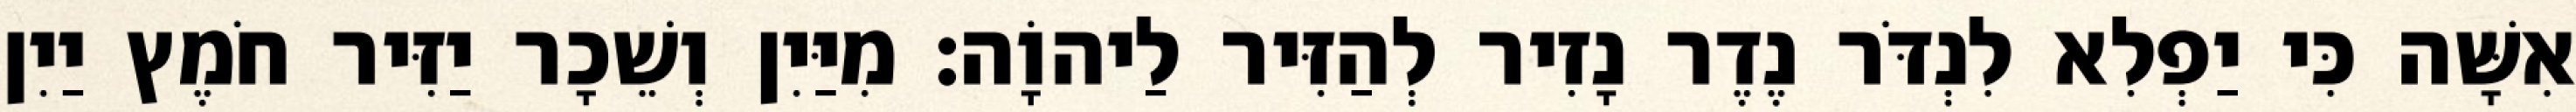
אִשָּׁה כִּי יַפְלִא לִנְדֹּר נֶדֶר נָזִיר לְהַזִּיר לַיהוָֹה׃ מִיַּיִן וְשֵׁכָר יַזִּיר חֹמֶץ יַיִן